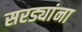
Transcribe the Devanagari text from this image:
सरड्यांना